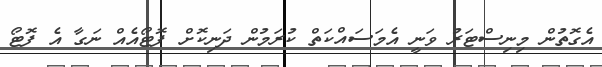
އެގޮތުން މިނިސްޓަރު ވަނީ އެމަސައްކަތް ކުރަމުން ދަނިކޮށް ފޮޓޯއެއް ނަގާ އެެ ފޮޓޯ